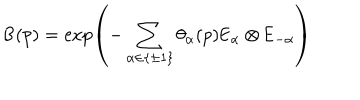
\mathsf { B } ( p ) = \exp \left( - \sum _ { \alpha \in \{ \pm 1 \} } \theta _ { \alpha } ( p ) \mathsf { E } _ { \alpha } \otimes \mathsf { E } _ { - \alpha } \right)